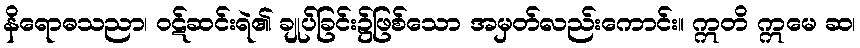
နိရောဓသညာ၊ ဝဋ်ဆင်းရဲ၏ ချုပ်ခြင်း၌ဖြစ်သော အမှတ်လည်းကောင်း။ ဣတိ ဣမေ ဆ၊